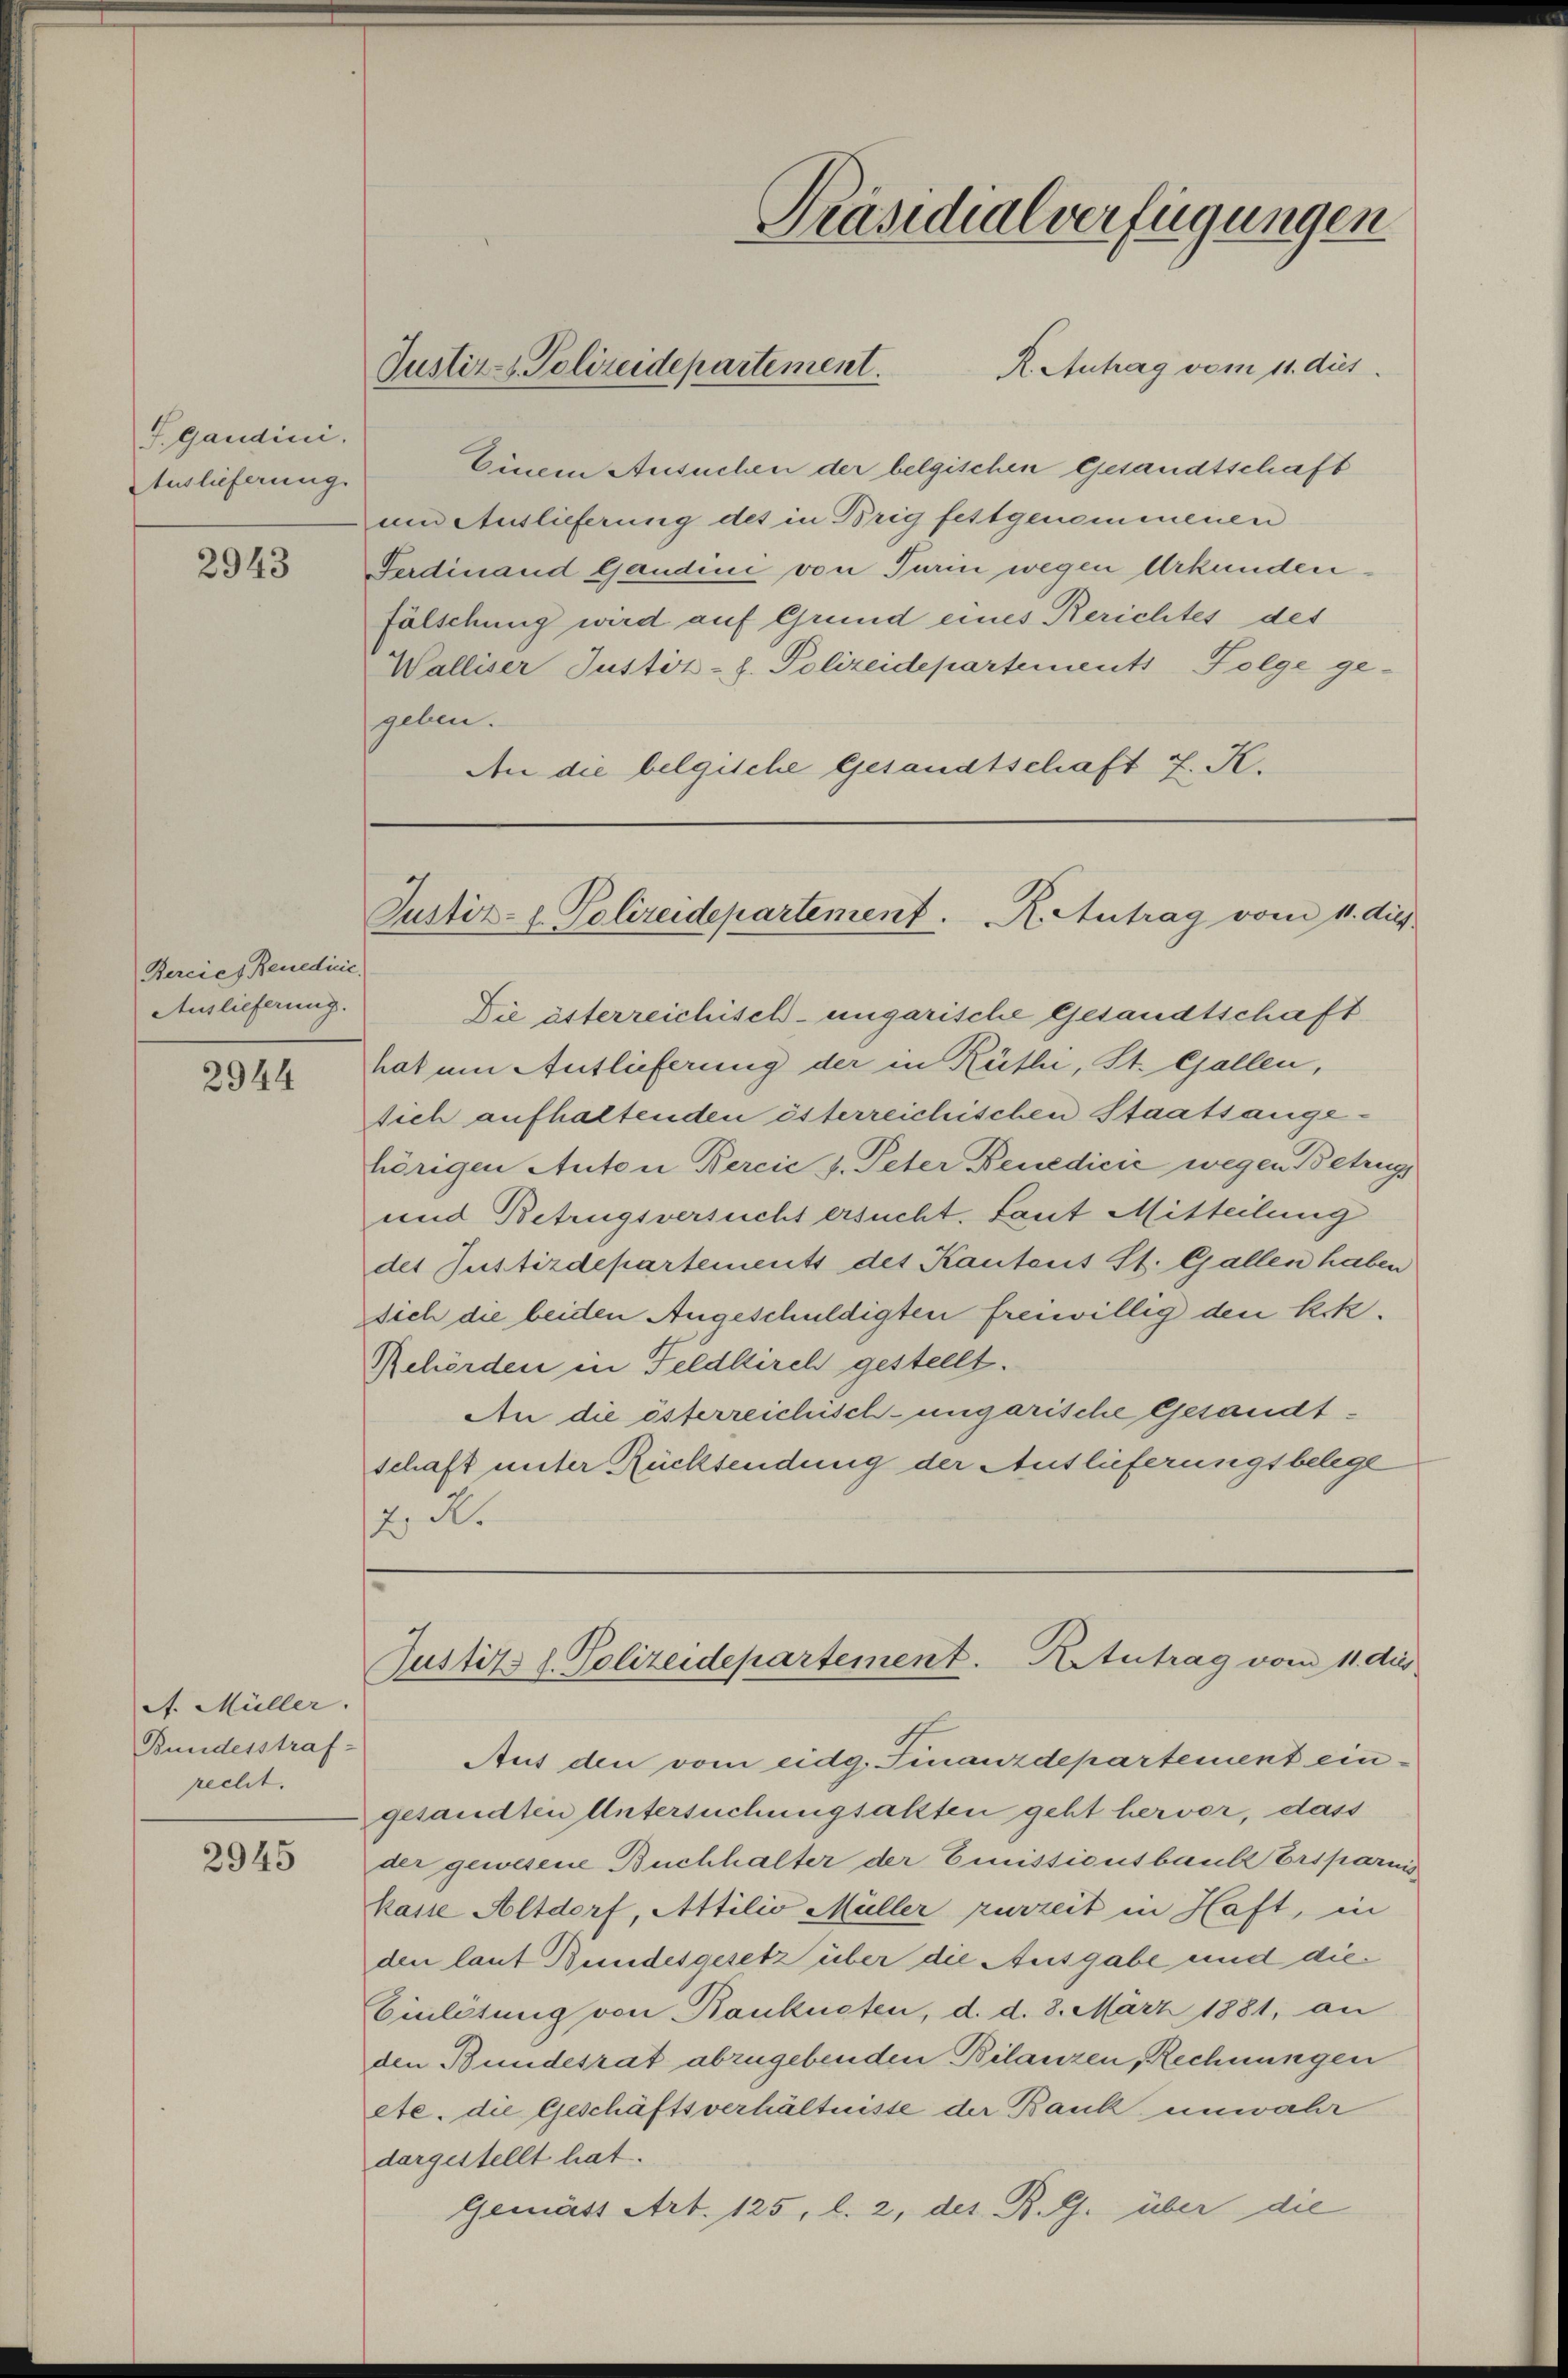
J.gandini.
Auslieferung

2943

Berciez Benedicie
Auslieferung.

2944

A. Müller.
Bundesstraf-
recht.

2945

Justiz- & Polizeidepartement.

Präsidialverfügungen

Justiz- u. Polizeidepartement. Reutrag vom 11. die

An die österreichisch-ungarische Gesandtschaft unter Rücksendung der Auslieferungsbelege
z. R.

R. Antrag vom 11. dus.
Einem Ansuchen der belgischen Gesandtschaft
um Auslieferung des in Brig festgenommenen
Ferdinand Gandini von Turin wegen Urkunden
fälschung wird auf Grund eines Berichtes des
Walliser Justiz- u. Polizeidepartements Folge ge-
geben.
An die belgische Gesandtschaft z. K.

Die esterreichisch-ungarische Gesandtschaft
hat um Auslieferung der in Rütli, St. Gallen,
sich aufhaltenden österreichischen Staatsangehörigen Anton Bercić v. Peter Benedicić wegen Betrugs
und Betrugsversucht ersucht. Laut Mitteilung
des Justizdepartements des Kantons St. Gallen haben
Dich die beiden Angeschuldigten freiwillig den k.k.
Rehörden in Feldkirch gestellt.
Justitz d. Polizeidepartement. Artutrag vom 11. dies
Aus den vom eidg. Finanzdepartement eingesandten Untersuchungsalten geht hervor, dass
der gewesene Buchhalter der Emissicutbauke Ersparnis
kasse Altdorf, Attilio Müller zurzeit in Haft, in
den laut Bundesgesetz über die Ausgabe und die¬
Einlösung von Banknoten, d. d. 8. März 1881, an
den Bundesrat abzugebenden Bilanzen, Rechnungen
ete. die Geschäftsverhältnisse der Bank unwahr
dargestellt hat.
Gemäss Art. 125, l. 2, des R. G. über die